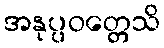
အနုပ္ပဝတ္တေသိ